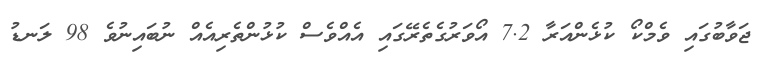
ޖަވާބުގައި ވެމްކޯ ކުޅެންއަރާ 7.2 އޯވަރުގެތެރޭގައި އެއްވެސް ކުޅުންތެރިއެއް ނުބައިނުވެ 98 ލަނޑު